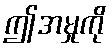
ဤအမှုကို